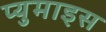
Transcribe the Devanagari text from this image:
प्युमाइस